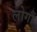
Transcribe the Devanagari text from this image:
लोगौं